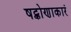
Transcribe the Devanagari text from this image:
षट्कोणाकारं